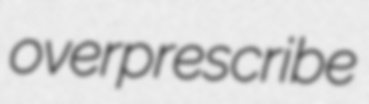
overprescribe